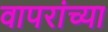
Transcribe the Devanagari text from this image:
वापरांच्या